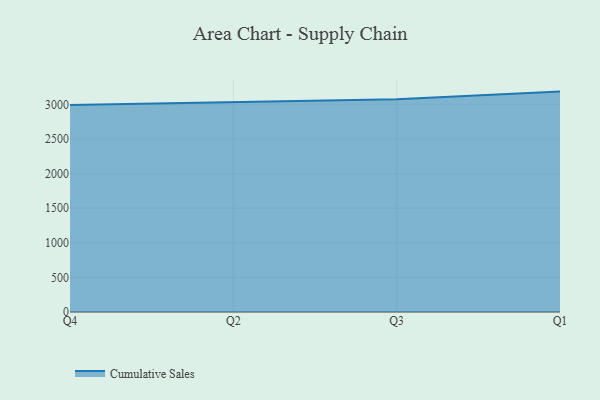
{"axis": {"x": "Quarter", "y": "Active Users"}, "legend": ["Cumulative Sales"], "data": [{"x": "Q4", "y": 2990.1, "type": "Cumulative Sales"}, {"x": "Q2", "y": 3036.9, "type": "Cumulative Sales"}, {"x": "Q3", "y": 3074.9, "type": "Cumulative Sales"}, {"x": "Q1", "y": 3185.0, "type": "Cumulative Sales"}]}